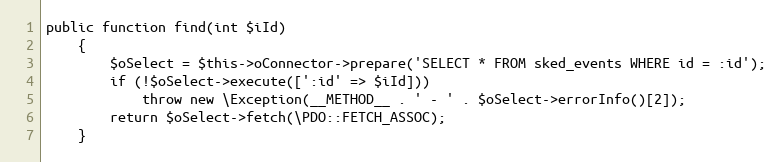
Language: PHP
public function find(int $iId)
    {
        $oSelect = $this->oConnector->prepare('SELECT * FROM sked_events WHERE id = :id');
        if (!$oSelect->execute([':id' => $iId]))
            throw new \Exception(__METHOD__ . ' - ' . $oSelect->errorInfo()[2]);
        return $oSelect->fetch(\PDO::FETCH_ASSOC);
    }